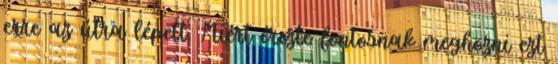
erre az útra lépett. Miért érezte fontosnak meghozni ezt